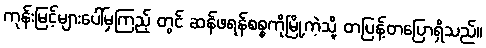
ကုန်းမြင့်များပေါ်မှကြည့် တွင် ဆန်ဖရန်စစ္စကိုမြို့ကဲ့သို့ တပြန့်တပြောရှိသည်။